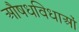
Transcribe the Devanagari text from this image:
औषधविधाओं